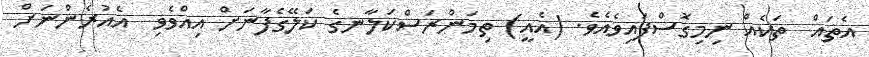
އެތައް  ތަކެއް ނިމިގޮސްފައިވެއެވެ. (އެއީ) ތިމަންރަސްކަލާނގެ ކަލޭގެފާނަށް އިއްވެވި  އެއުރެންނަށް